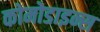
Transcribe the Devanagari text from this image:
कोमोडाइन्स